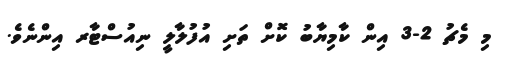
މި މެޗު 2-3 އިން ކާމިޔާބު ކޮށް ތަށި އުފުލާލީ ނިއުސްޓާރ އިންނެވެ.